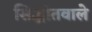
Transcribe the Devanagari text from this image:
सिद्धांतवाले